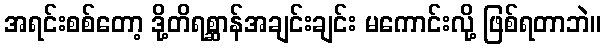
အရင်းစစ်တော့ ဒို့တိရစ္ဆာန်အချင်းချင်း မကောင်းလို့ ဖြစ်ရတာဘဲ။